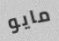
مايو